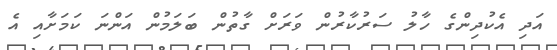
އަދި އެކުދިންގެ ހާލު ސަރުކާރުން ވަރަށް ގާތުން ބަލަމުން އަންނަ ކަމަށާއި އެ